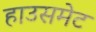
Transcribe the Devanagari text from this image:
हाउसमेट